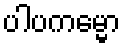
ပါပကမ္မော